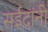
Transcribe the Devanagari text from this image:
सईदांनी